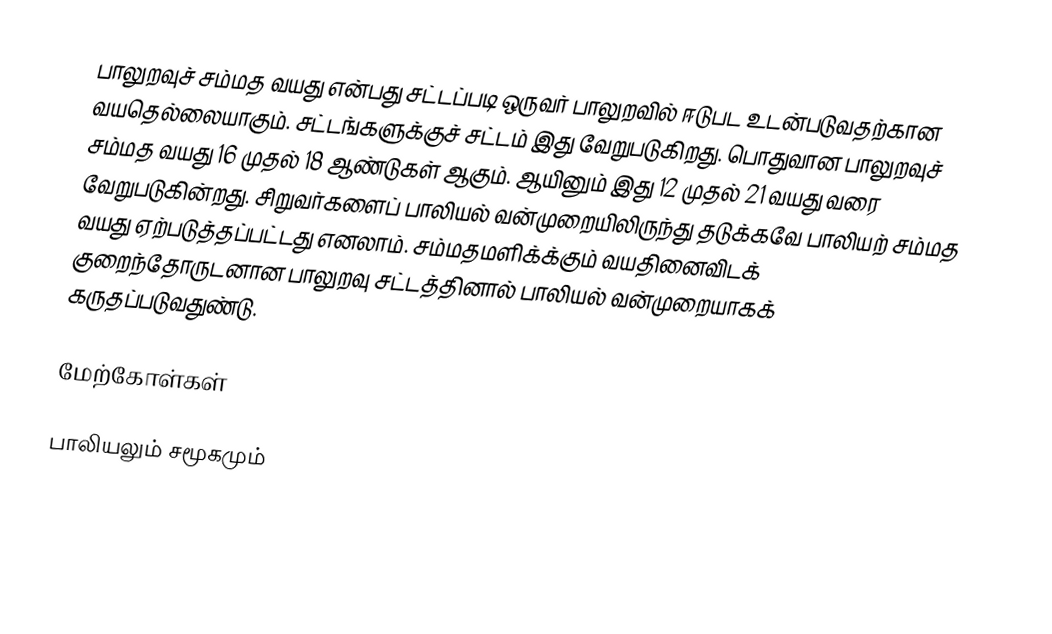
பாலுறவுச் சம்மத வயது என்பது சட்டப்படி ஒருவர் பாலுறவில் ஈடுபட உடன்படுவதற்கான வயதெல்லையாகும். சட்டங்களுக்குச் சட்டம் இது வேறுபடுகிறது. பொதுவான பாலுறவுச் சம்மத வயது 16 முதல் 18 ஆண்டுகள் ஆகும். ஆயினும் இது 12 முதல் 21 வயது வரை வேறுபடுகின்றது. சிறுவர்களைப் பாலியல் வன்முறையிலிருந்து தடுக்கவே பாலியற் சம்மத வயது ஏற்படுத்தப்பட்டது எனலாம். சம்மதமளிக்க்கும் வயதினைவிடக் குறைந்தோருடனான பாலுறவு சட்டத்தினால் பாலியல் வன்முறையாகக் கருதப்படுவதுண்டு.

மேற்கோள்கள்

பாலியலும் சமூகமும்